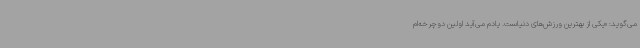
می‌گوید: «یکی از بهترین ورزش‌های دنیاست. یادم می‌آید اولین دوچرخه‌ام